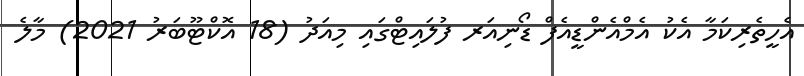
އެހީތެރިކަމާ އެކު އެމްއެންޑީއެފް ޑޯނިއަރ ފުލައިޓްގައި މިއަދު (18 އޮކްޓޫބަރު 2021) މާލެ